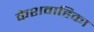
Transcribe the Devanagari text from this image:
केशवाहिका